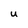
Character: U